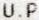
U.P